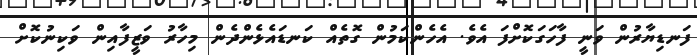
ފަނޑިޔާރުން ވަނީ ފާހަގަކޮށްފަ އެވެ. އެހެންކަމުން ގޮތެއް ކަނޑައެޅެންދެން މިހާރު ވަޒީފާއިން ވަކިނުކޮށް